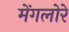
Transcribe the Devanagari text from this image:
मेंगलोरे